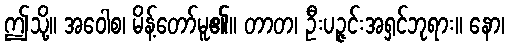
ဤသို့။ အဝေါစ၊ မိန့်တော်မူ၏။ တာတ၊ ဦးပဉ္ဇင်းအရှင်ဘုရား။ နော၊